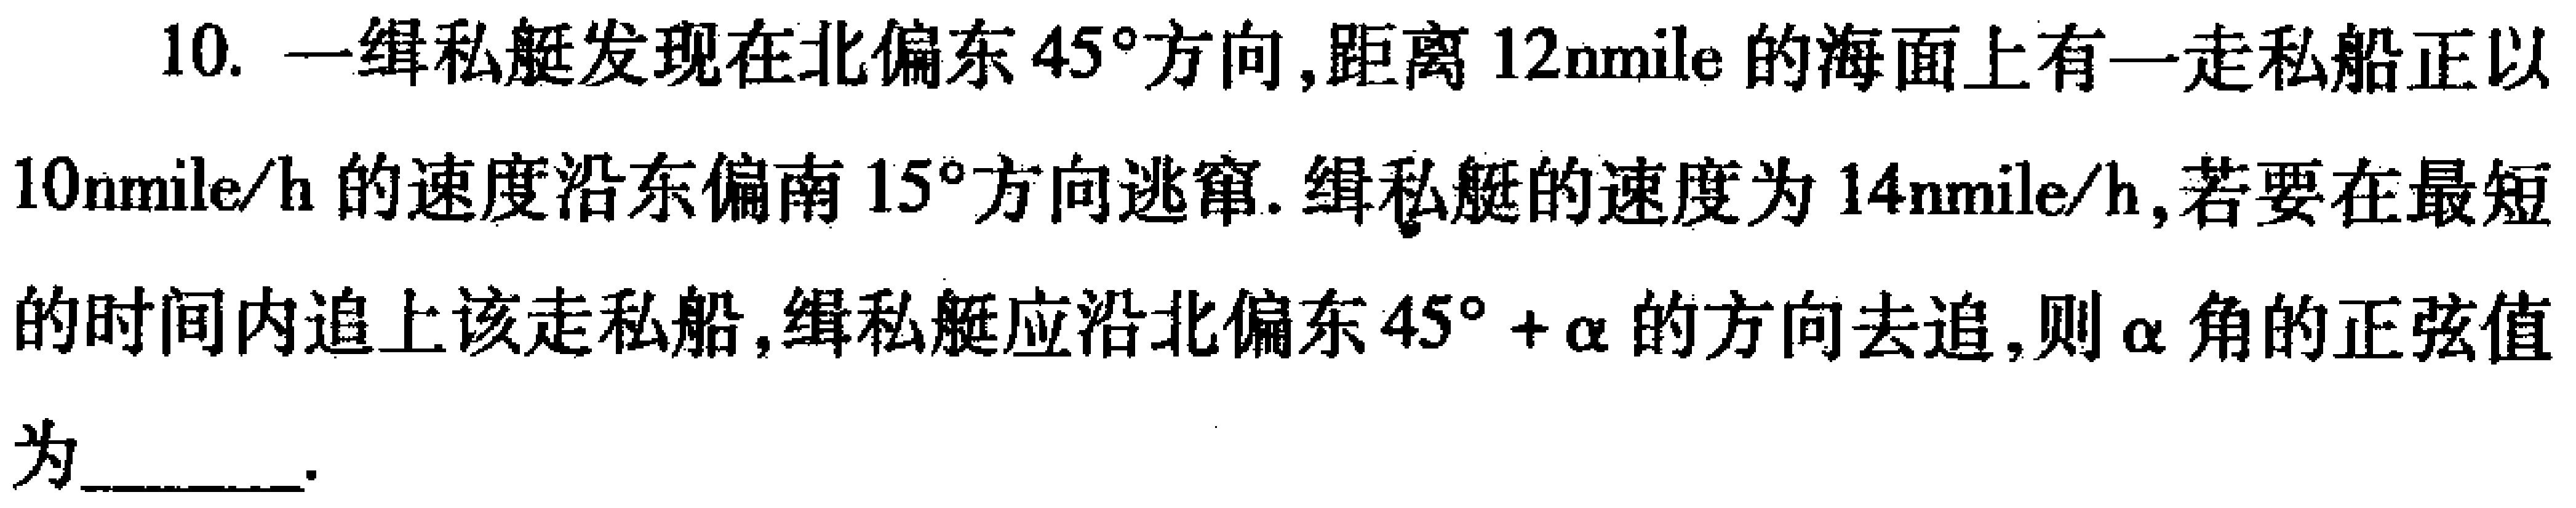
10. 一缉私艇发现在北偏东\(45^{\circ}\)方向，距离\(12\mathrm{nmile}\)的海面上有一走私船正以\(10\mathrm{nmile/h}\)的速度沿东偏南\(15^{\circ}\)方向逃窜. 缉私艇的速度为\(14\mathrm{nmile/h}\)，若要在最短的时间内追上该走私船，缉私艇应沿北偏东\(45^{\circ}+\alpha\)的方向去追，则\(\alpha\)角的正弦值为______.